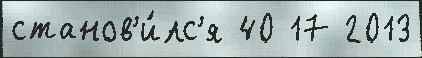
станов'и́лс'я 40 17 2013